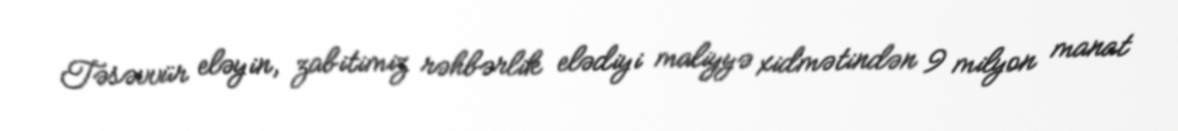
Təsəvvür eləyin, zabitimiz rəhbərlik elədiyi maliyyə xidmətindən 9 milyon manat